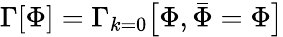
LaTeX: \Gamma[\Phi]=\Gamma_{k=0}{\big[}\Phi,{\bar{\Phi}}=\Phi{\big]}